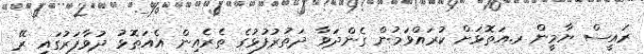
ރައީސް ޔާމީން ރ.އަތޮޅަށް ކުރައްވަމުން ގެންދަވާ ދަތުރުފުޅުގެ ތެރެއިން އެއަތޮޅު ދުވާފަރުގައި ރޭ